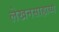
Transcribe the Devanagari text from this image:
लेखनसाहाय्य